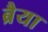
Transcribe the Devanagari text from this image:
ब्रैया